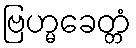
ဗြဟ္မခေတ္တံ